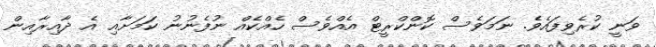
ވަނީ ކުރެވިފައެވެ. ނަމަވެސް ކޮންކްރީޓް އެއްވެސް ހެއްކެއް ނުފެނުނު ކަމަށާއި އެ ދާއިރާއިން